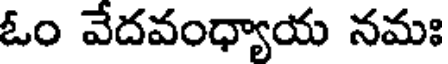
ఓం వేదవంధ్యాయ నమః